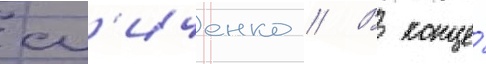
сл'иченко // В конце́